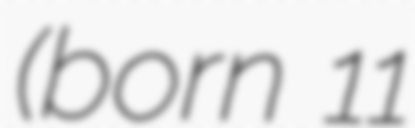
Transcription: (born 11